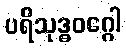
ပရိသုဒ္ဓဝဂ္ဂေါ